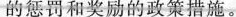
的惩罚和奖励的政策措施。